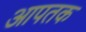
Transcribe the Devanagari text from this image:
आपतक